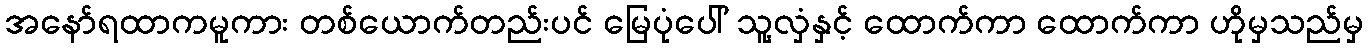
အနော်ရထာကမူကား တစ်ယောက်တည်းပင် မြေပုံပေါ် သူ့လှံနှင့် ထောက်ကာ ထောက်ကာ ဟိုမှသည်မှ